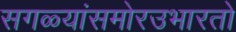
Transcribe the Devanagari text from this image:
सगळ्यांसमोरउभारतो